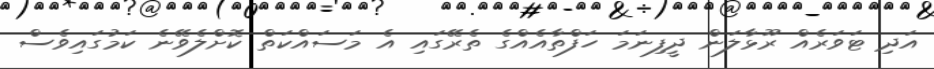
އަދި ޓަވަރެއް ރޫޅާލަން ދީފިނަމަ ހަފްތާއެއްގެ ތެރޭގައި އެ މަސައްކަތް ކޮށްލެވޭނެ ކަމުގައިވެސް